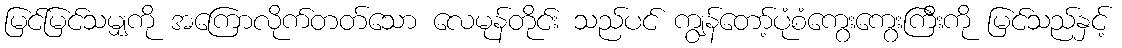
မြင်မြင်သမျှကို အကြောလိုက်တတ်သော လေမုန်တိုင်း သည်ပင် ကျွန်တော့်ပုံစံကွေးကွေးကြီးကို မြင်သည်နှင့်